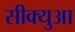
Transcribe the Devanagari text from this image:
सीक्युआ